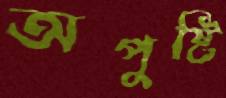
অপুষ্টি